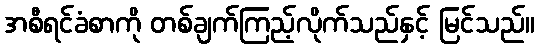
အစီရင်ခံစာကို တစ်ချက်ကြည့်လိုက်သည်နှင့် မြင်သည်။